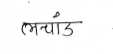
मजकूर: लचांड